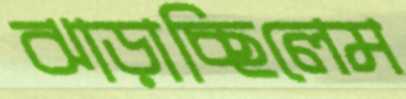
ঝাড়াচ্ছিলেম